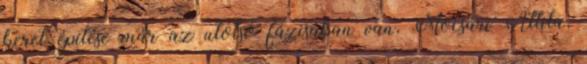
keret építése már az utolsó fázisában van, Mocsári Attila,